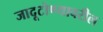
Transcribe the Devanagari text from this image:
जादूटोण्यावरील